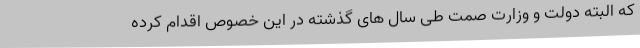
که البته دولت و وزارت صمت طی سال های گذشته در این خصوص اقدام کرده